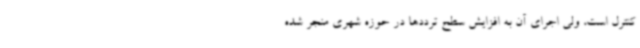
کنترل است، ولی اجرای آن به افزایش سطح ترددها در حوزه شهری منجر شده